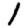
Digit: 1